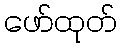
ဖော်ထုတ်